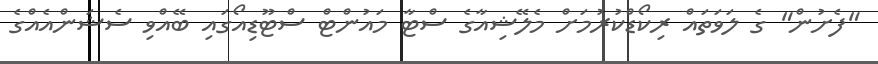
"ފެށުން" ގެ ލަވަތައް ރިކޯޑްކުރުމަށް މެލޭޝިއާގެ ސްޓާ މައުންޓް ސްޓޫޑިއޯގައި ބޭއްވި ސެޝަންއެއްގެ